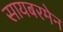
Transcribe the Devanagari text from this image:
सायबरमेन